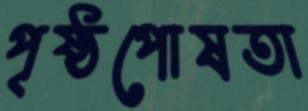
পৃষ্ঠপোষতা